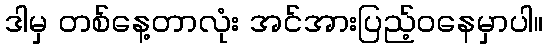
ဒါမှ တစ်နေ့တာလုံး အင်အားပြည့်ဝနေမှာပါ။